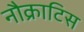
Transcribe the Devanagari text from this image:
नौक्राटिस